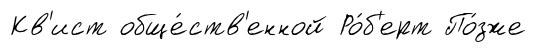
Кв'ист обще́ств'енной Ро́б'ерт По́зже